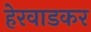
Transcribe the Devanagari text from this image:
हेरवाडकर